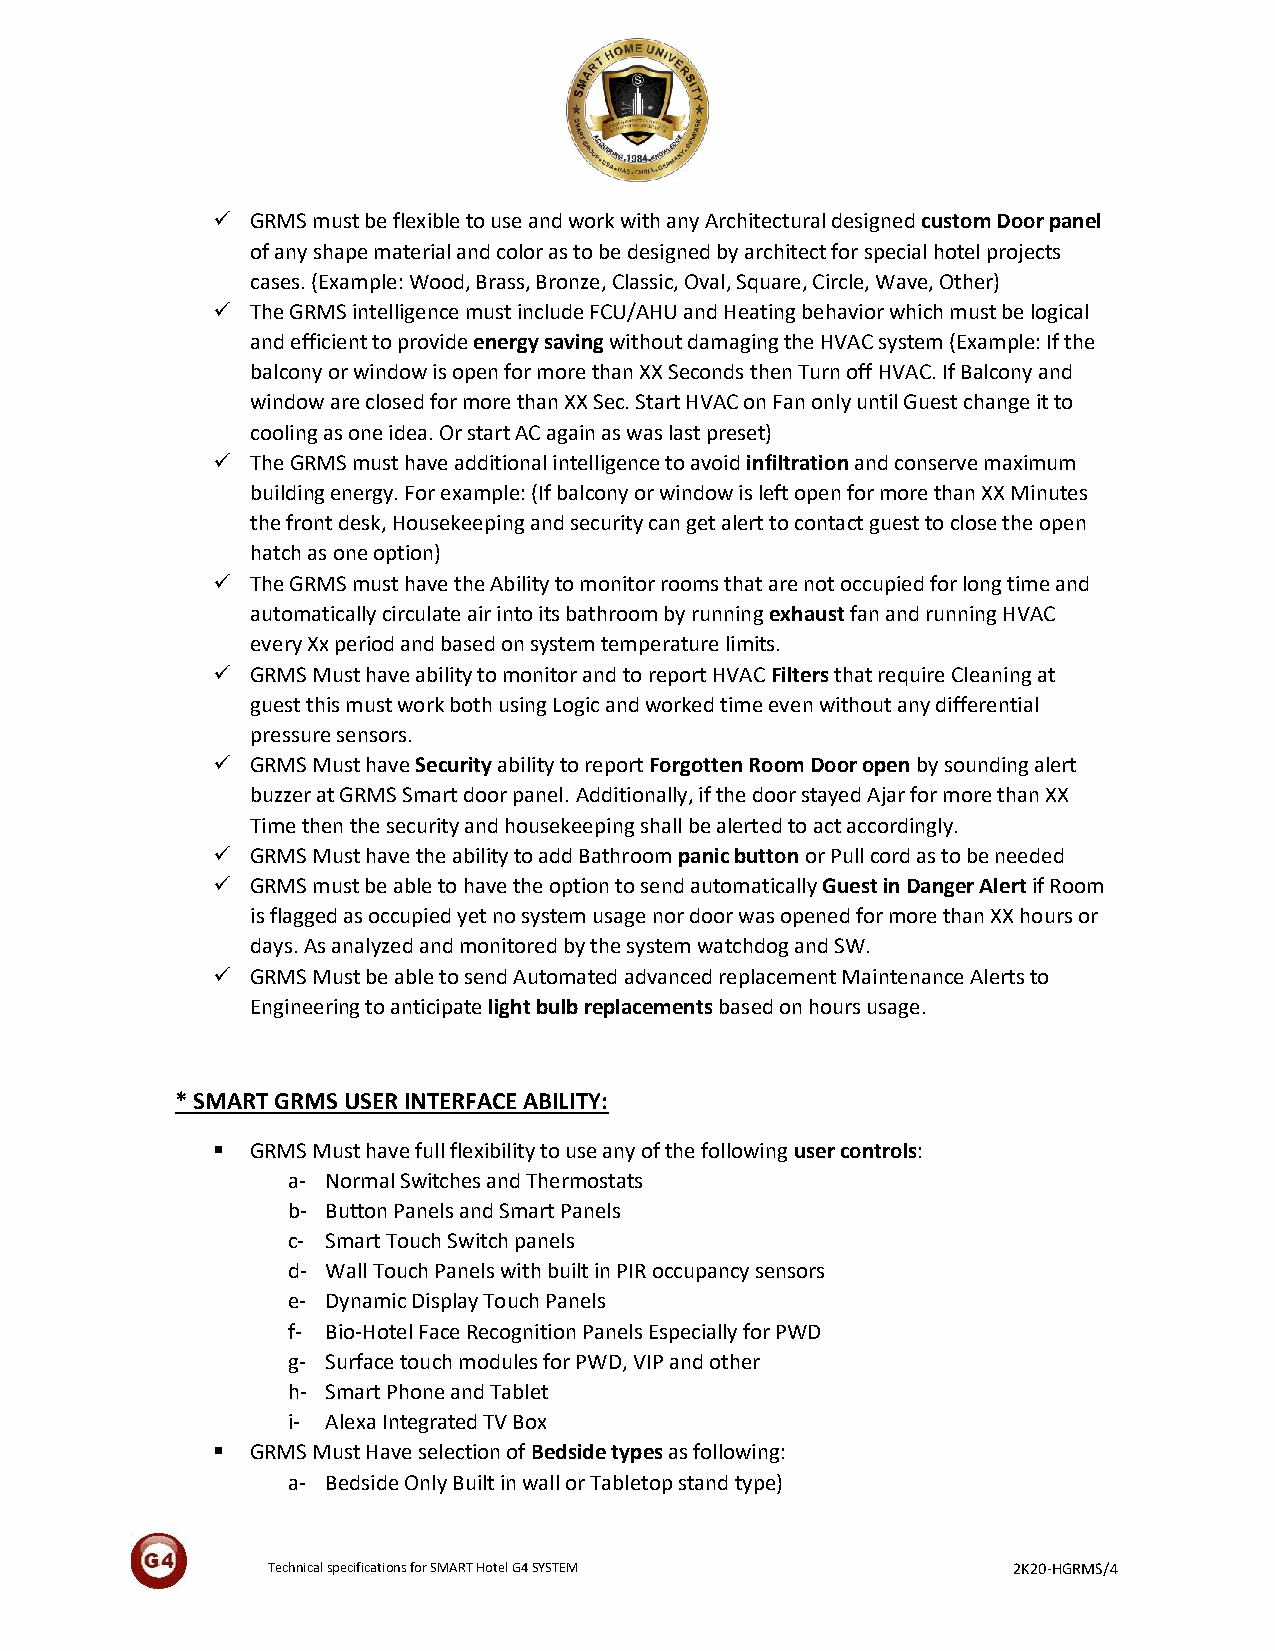
  GRMS must be flexible to use and work with any Architectural designed custom Door panel
 of any shape material and color as to be designed by architect for special hotel projects
 cases. (Example: Wood, Brass, Bronze, Classic, Oval, Square, Circle, Wave, Other)
   The GRMS intelligence must include FCU/AHU and Heating behavior which must be logical
 and efficient to provide energy saving without damaging the HVAC system (Example: If the
 balcony or window is open for more than XX Seconds then Turn off HVAC. If Balcony and
 window are closed for more than XX Sec. Start HVAC on Fan only until Guest change it to
 cooling as one idea. Or start AC again as was last preset)
   The GRMS must have additional intelligence to avoid infiltration and conserve maximum
 building energy. For example: (If balcony or window is left open for more than XX Minutes
 the front desk, Housekeeping and security can get alert to contact guest to close the open
 hatch as one option)
   The GRMS must have the Ability to monitor rooms that are not occupied for long time and
 automatically circulate air into its bathroom by running exhaust fan and running HVAC
 every Xx period and based on system temperature limits.
   GRMS Must have ability to monitor and to report HVAC Filters that require Cleaning at
 guest this must work both using Logic and worked time even without any differential
 pressure sensors.
   GRMS Must have Security ability to report Forgotten Room Door open by sounding alert
 buzzer at GRMS Smart door panel. Additionally, if the door stayed Ajar for more than XX
 Time then the security and housekeeping shall be alerted to act accordingly.
   GRMS Must have the ability to add Bathroom panic button or Pull cord as to be needed
   GRMS must be able to have the option to send automatically Guest in Danger Alert if Room
 is flagged as occupied yet no system usage nor door was opened for more than XX hours or
 days. As analyzed and monitored by the system watchdog and SW.
   GRMS Must be able to send Automated advanced replacement Maintenance Alerts to
 Engineering to anticipate light bulb replacements based on hours usage.
 * SMART GRMS USER INTERFACE ABILITY:
   GRMS Must have full flexibility to use any of the following user controls:
 a- Normal Switches and Thermostats
 b- Button Panels and Smart Panels
 c- Smart Touch Switch panels
 d- Wall Touch Panels with built in PIR occupancy sensors
 e- Dynamic Display Touch Panels
 f- Bio-Hotel Face Recognition Panels Especially for PWD
 g- Surface touch modules for PWD, VIP and other
 h- Smart Phone and Tablet
 i- Alexa Integrated TV Box
   GRMS Must Have selection of Bedside types as following:
 a- Bedside Only Built in wall or Tabletop stand type)
 Technical specifications for SMART Hotel G4 SYSTEM 2K20-HGRMS/4